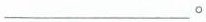
_______。